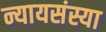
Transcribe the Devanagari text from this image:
न्यायसंस्या